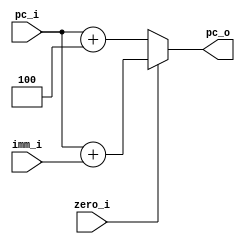
module EX_generate_next_pc
(
    pc_i,
    imm_i,
    zero_i,
    pc_o
);

    input[31:0] pc_i;
    input[31:0] imm_i;
    input zero_i;
    output[31:0] pc_o;

    reg[31:0] pc_reg;
    assign pc_o = pc_reg;

    always@(*)
    begin
        if (zero_i) begin
            pc_reg <= pc_i + imm_i; 
        end
        else begin
            pc_reg <= pc_i + 32'd4;
        end
    end

endmodule